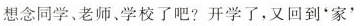
想念同学、老师、学校了吧?开学了，又回到'家'